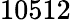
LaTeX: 10512